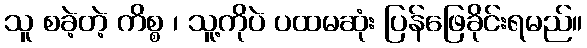
သူ စခဲ့တဲ့ ကိစ္စ ၊ သူ့ကိုပဲ ပထမဆုံး ပြန်ဖြေခိုင်းရမည်။